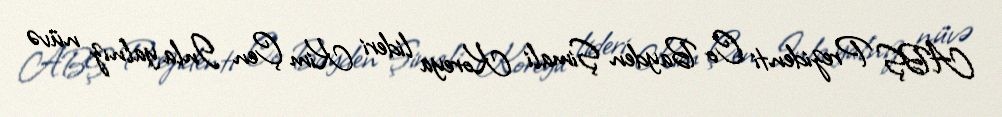
ABŞ Prezidenti Co Bayden Şimali Koreya lideri Kim Çen Inla yalnız nüvə